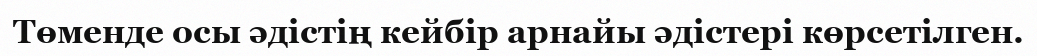
Төменде осы әдістің кейбір арнайы әдістері көрсетілген.